Indian journal of veterinary science and animal husbandry - Volumes 24-25, 1954-1955
Year: 1954
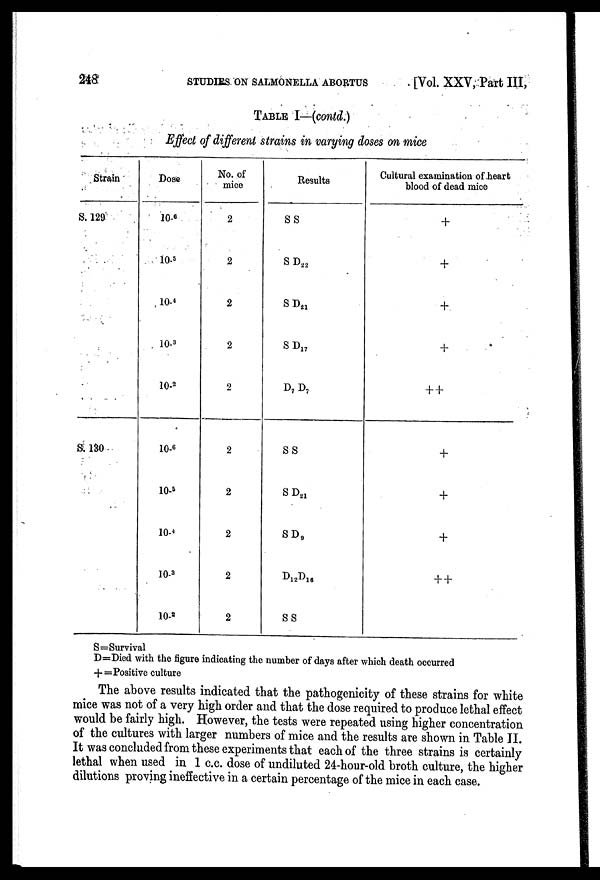
248
STUDIES ON SALMONELLA ABORTUS
[Vol. XXV, Part III,
TABLE I—(contd.)
Effect of different strains in varying doses on mice
Strain
S. 129
S. 130
Dose
10- 6
10- 5
10- 4
10- 3
10- 2
10- 6
10- 5
10- 4
10- 3
10- 2
No. of
mice
2
2
2
2
2
2
2
2
2
2
Results
S S
S D 22
S D 21
S D 17
D 7 D 7
S S
S D 21
S D 9
D 12 D 16
S S
Cultural examination of heart
blood of dead mice
+
+
+
+
++
+
+
+
++
S=Survival
D=Died with the figure indicating the number of days after which death occurred
+= Positive culture
The above results indicated that the pathogenicity of these strains for white
mice was not of a very high order and that the dose required to produce lethal effect
would be fairly high. However, the tests were repeated using higher concentration
of the cultures with larger numbers of mice and the results are shown in Table II.
It was concluded from these experiments that each of the three strains is certainly
lethal when used in 1 c.c. dose of undiluted 24-hour-old broth culture, the higher
dilutions proving ineffective in a certain percentage of the mice in each case.